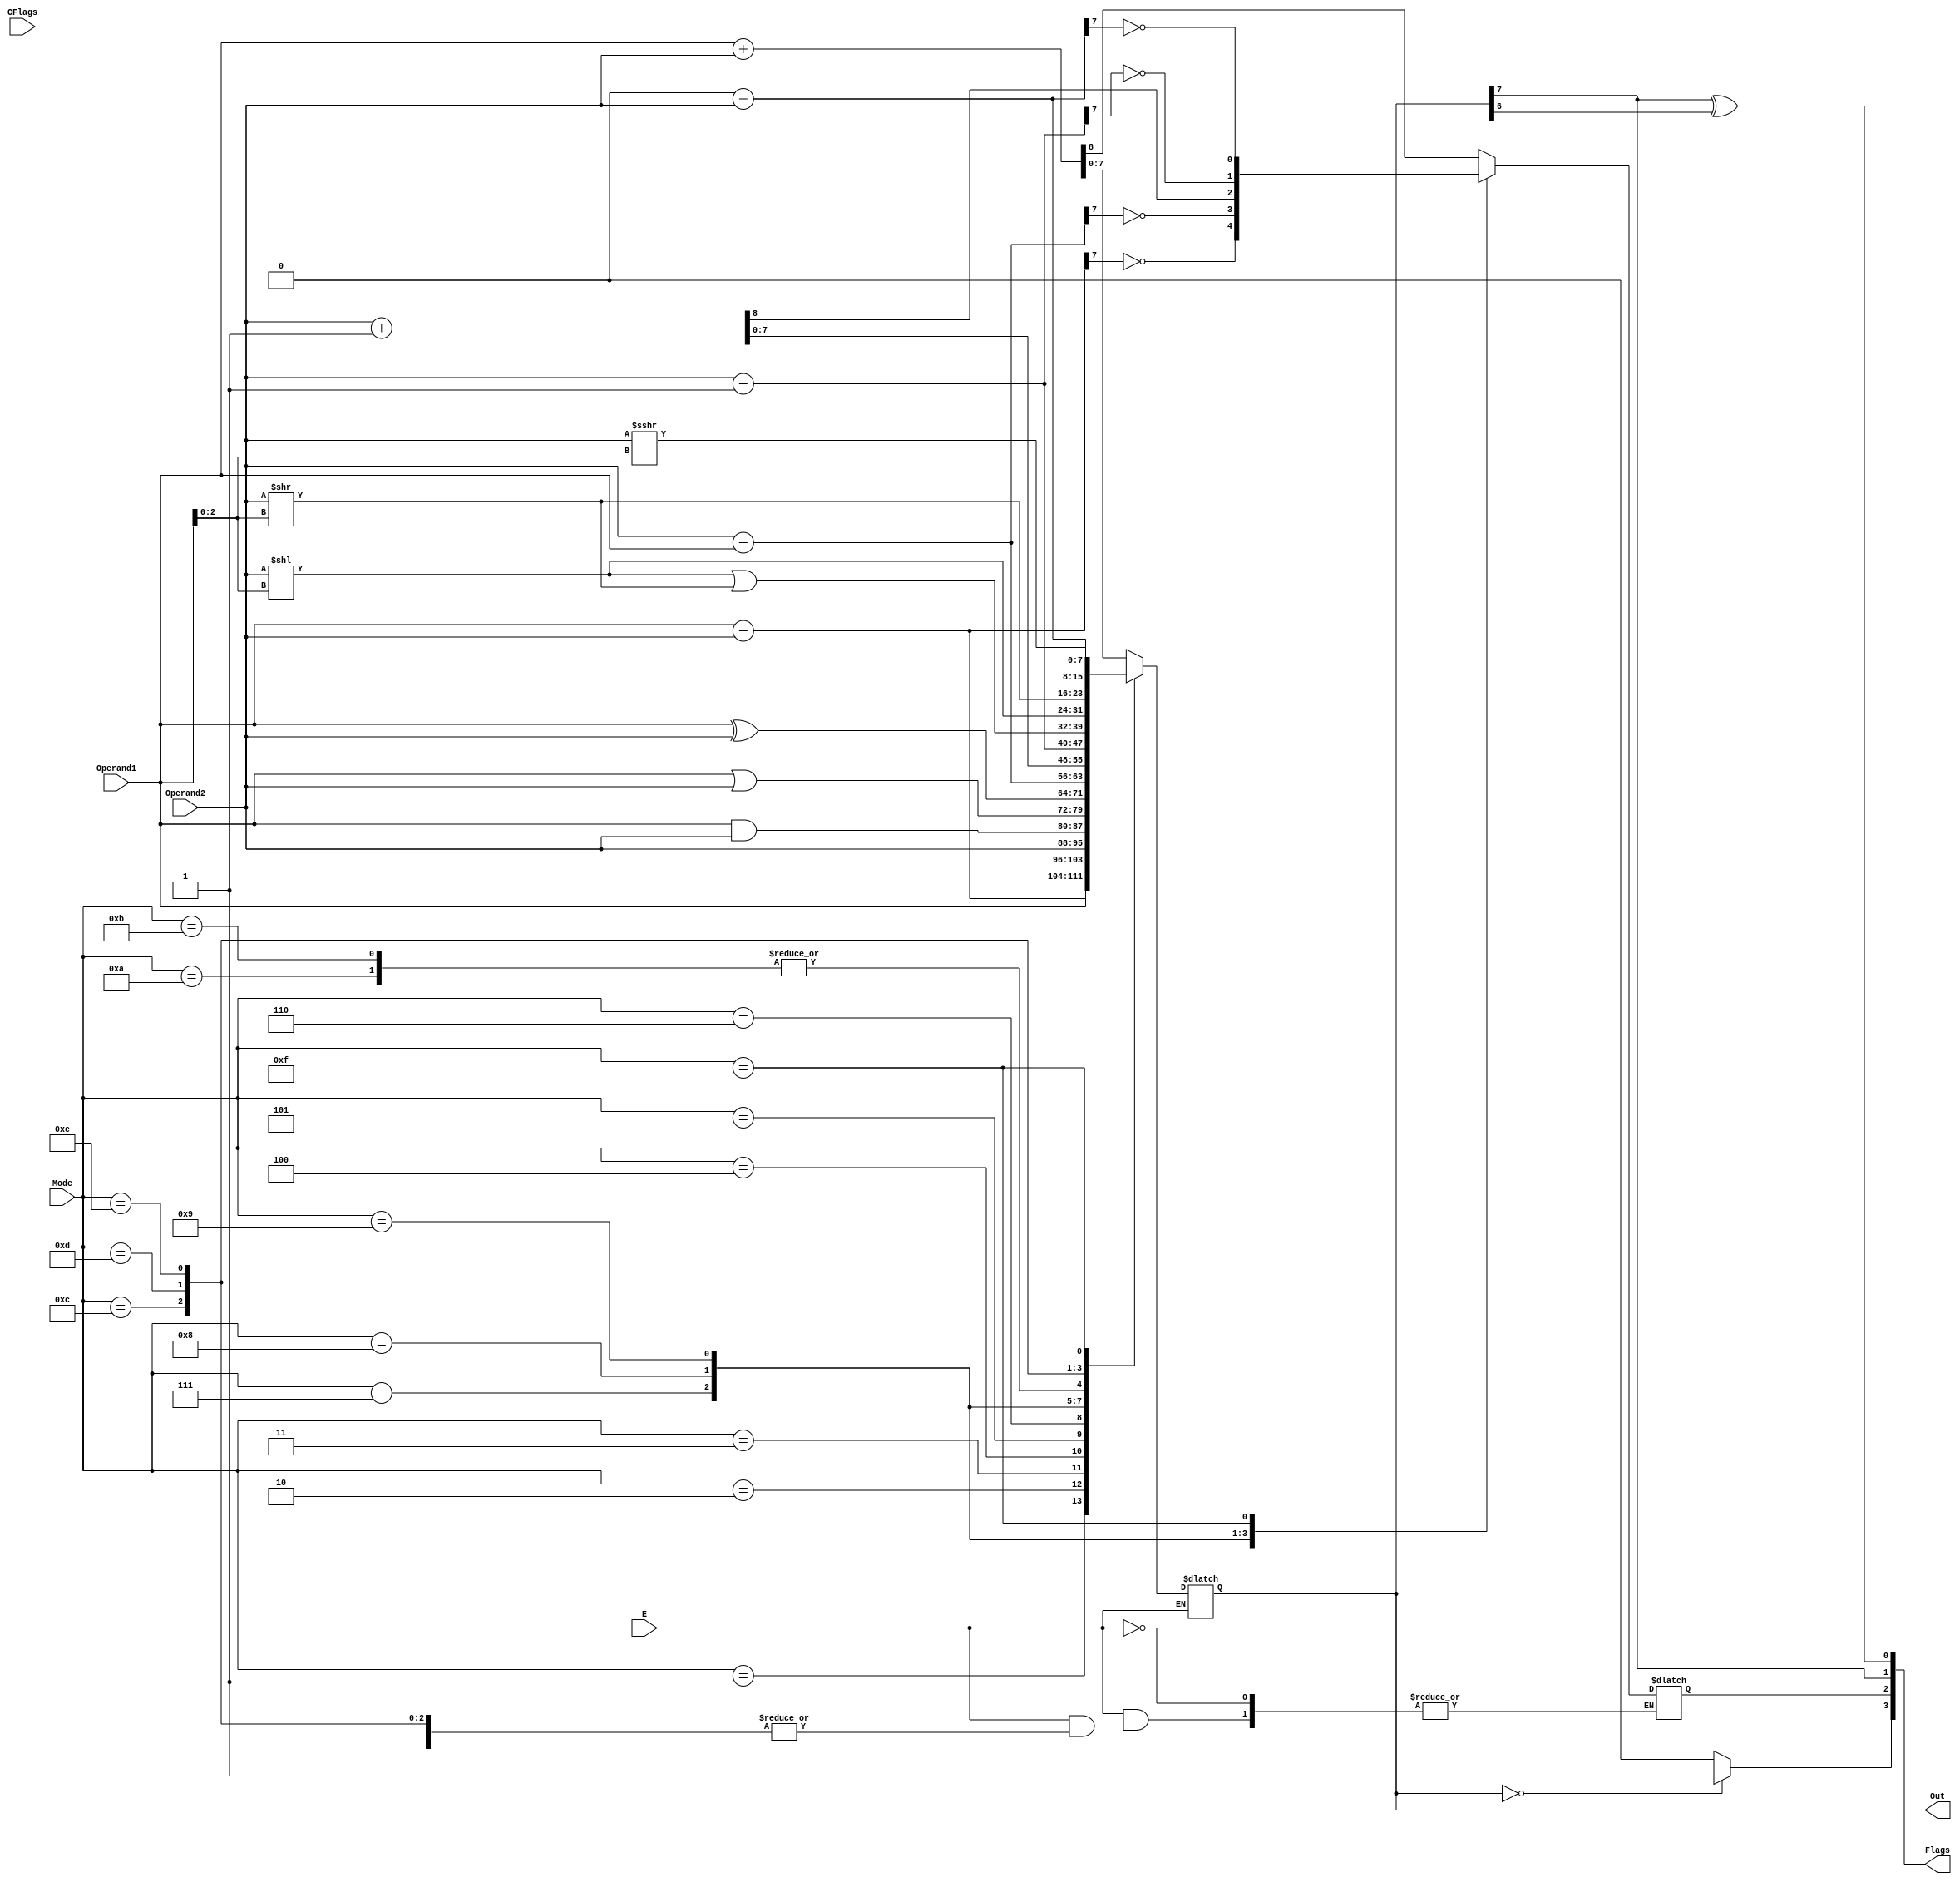
module ALU(Operand1,Operand2,E,Mode,CFlags,Out,Flags);

// Dexlaring the ports and their parameters
input [7:0] Operand1,Operand2;
input E; // Enable input for ALU
input [3:0] Mode; // Selecting the mode of operation (Binary encoding IR[7:4])
input [3:0] CFlags; // Current status of the flags (Z,C,S,O - MSB to LSB format)
output [7:0] Out; // Output of the ALU after performing operation
output [3:0] Flags; // Output of ALU for changing flags (Z,C,S,O - MSB to LSB format)

wire Z,S,O;
reg CarryOut;
reg [7:0] Out_ALU;

always @(*)
if (E == 1)
begin
case(Mode) // IR[7:4] = Mode
    4'b0000:    {CarryOut,Out_ALU} = Operand1 + Operand2; // Addition Operation
    4'b0001:    begin  // SUBAM Operation
                        Out_ALU = Operand1 - Operand2;
                        CarryOut = !Out_ALU[7];
                end 
    4'b0010:    Out_ALU = Operand1; // MOVAM 
    4'b0011:    Out_ALU = Operand2; // MOVMA
    4'b0100:    Out_ALU = Operand1 & Operand2; // Bitwise AND Operation
    4'b0101:    Out_ALU = Operand1 | Operand2; // Bitwise OR Operation
    4'b0110:    Out_ALU = Operand1 ^ Operand2; // Bitwise XOR Operation
    4'b0111:    begin // SUBMA Operation
                        Out_ALU = Operand2 - Operand1;
                        CarryOut = !Out_ALU[7];
                end
    4'b1000:    {CarryOut,Out_ALU} = Operand2 + 8'h1; // INCREAMENT Operation       
    4'b1001:    begin // DECREAMENT Operation 
                        Out_ALU = Operand2 - 8'h1;
                        CarryOut = !Out_ALU[7];
                end
    4'b1010:    Out_ALU = (Operand2 << Operand1[2:0]) | (Operand2 >> Operand1[2:0]); // ROTATE LEFT OPERATION
    4'b1011:    Out_ALU = (Operand2 >> Operand1[2:0]) | (Operand2 << Operand1[2:0]); // ROTATE RIGHT OPERATION
    4'B1100:    Out_ALU = Operand2 << Operand1[2:0]; // SHIFT LEFT LOGICAL OPERATION
    4'b1101:    Out_ALU = Operand2 >> Operand1[2:0]; // SHIFT RIGHT LOGICAL OPERATION
    4'b1110:    Out_ALU = Operand2 >>> Operand1[2:0]; // SHIFT RIGHT ARITHMETIC OPERATION
    4'b1111:    begin // COMPLIMENT OPERATION
                      Out_ALU = 8'h0 - Operand2;
                        CarryOut = !Out_ALU[7];
                end  
    default:    Out_ALU = Operand2;  
                
endcase
end

assign O = Out_ALU[7] ^ Out_ALU[6];
assign Z = (Out_ALU == 0)? 1'b1 : 1'b0;
assign S = Out_ALU[7];
assign Flags = {Z,CarryOut,S,O};
assign Out = Out_ALU;
endmodule